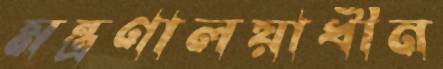
মন্ত্রণালয়াধীন